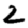
Digit: 2